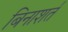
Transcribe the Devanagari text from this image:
बिनाशर्त